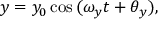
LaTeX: y = y _ { 0 } \cos { ( \omega _ { y } t + \theta _ { y } ) } ,